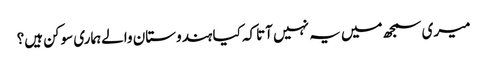
میری سمجھ میں یہ نہیں آتاکہ کیا ہندوستان والےہماری سوکن ہیں؟